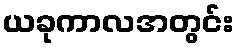
ယခုကာလအတွင်း